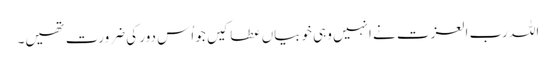
اللہ رب العزت نے انہیں وہی خوبیاں عطا کیں جو اُس دور کی ضرورت تھیں۔